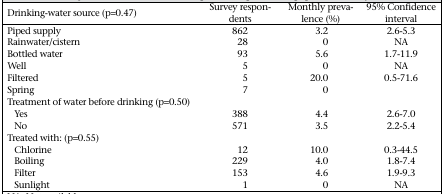
<table><thead><tr><td><b>Drinking-water source (p=0.47)</b></td><td><b>Survey respondents</b></td><td><b>Monthly prevalence (%)</b></td><td><b>95% Confidence interval</b></td></tr></thead><tbody><tr><td>Piped supply</td><td>862</td><td>3.2</td><td>2.6-5.3</td></tr><tr><td>Rainwater/cistern</td><td>28</td><td>0</td><td>NA</td></tr><tr><td>Bottled water</td><td>93</td><td>5.6</td><td>1.7-11.9</td></tr><tr><td>Well</td><td>5</td><td>0</td><td>NA</td></tr><tr><td>Filtered</td><td>5</td><td>20.0</td><td>0.5-71.6</td></tr><tr><td>Spring</td><td>7</td><td>0</td><td></td></tr><tr><td>Treatment of water before drinking (p=0.50)</td><td></td><td></td><td></td></tr><tr><td>Yes</td><td>388</td><td>4.4</td><td>2.6-7.0</td></tr><tr><td>No</td><td>571</td><td>3.5</td><td>2.2-5.4</td></tr><tr><td>Treated with: (p=0.55)</td><td></td><td></td><td></td></tr><tr><td>Chlorine</td><td>12</td><td>10.0</td><td>0.3-44.5</td></tr><tr><td>Boiling</td><td>229</td><td>4.0</td><td>1.8-7.4</td></tr><tr><td>Filter</td><td>153</td><td>4.6</td><td>1.9-9.3</td></tr><tr><td>Sunlight</td><td>1</td><td>0</td><td>NA</td></tr></tbody></table>